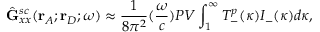
\hat { \mathbf { G } } _ { x x } ^ { s c } ( \mathbf { r } _ { A } ; \mathbf { r } _ { D } ; \omega ) \approx \frac { 1 } { 8 { \pi } ^ { 2 } } ( \frac { \omega } { c } ) P V \int _ { 1 } ^ { \infty } T _ { - } ^ { p } ( \kappa ) I _ { - } ( \kappa ) d { \kappa } ,